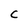
Character: C